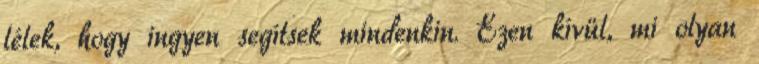
lélek, hogy ingyen segítsek mindenkin. Ezen kívül, mi olyan